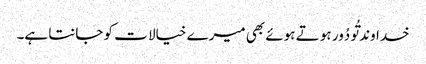
خداوند تُو دُور ہو تے ہوئے بھی میرے خیالا ت کو جانتا ہے۔